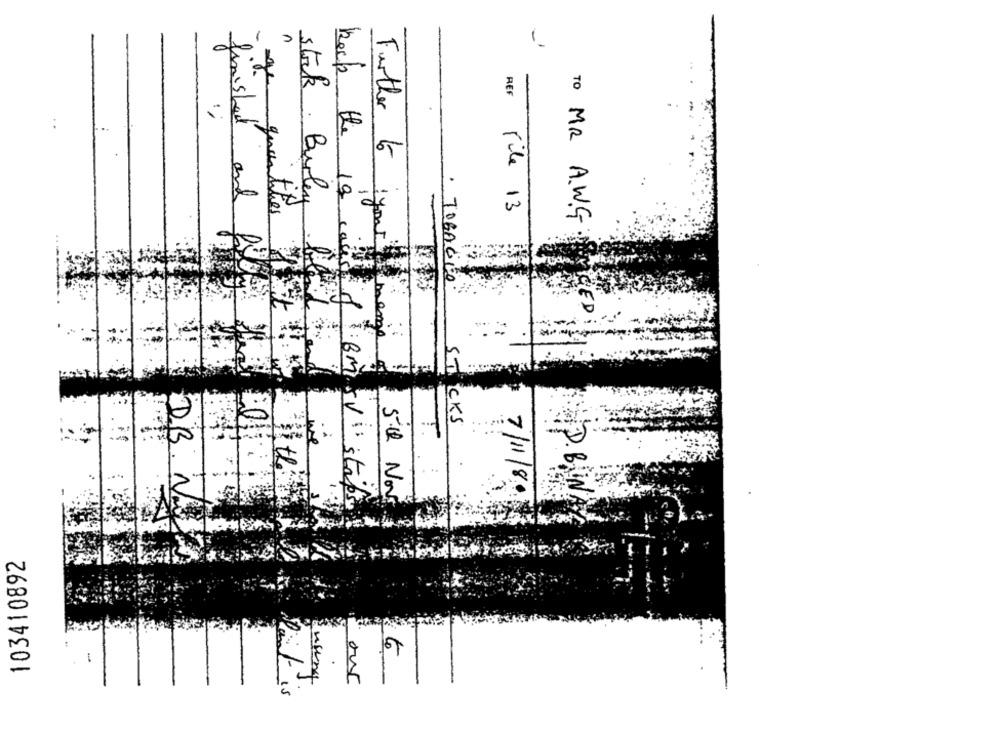
-
-
10
Further
stork Biler
ge quantite
REF rile 13
TO MR A.W.G
finished and Bi
keep the 19 caus
· TOBACCO
CIED
menge
8:BM
STICKS
T.
DB
P. B.
50 Nov
SVistapsy
7/11/80
103410892
using
our
Dit is